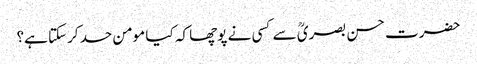
حضرت حسن بصریؒ سے کسی نے پوچھا کہ کیا مومن حسد کرسکتا ہے؟